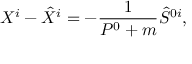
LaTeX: X ^ { i } - \hat { X } ^ { i } = - \frac { 1 } { P ^ { 0 } + m } \hat { S } ^ { 0 i } ,